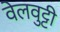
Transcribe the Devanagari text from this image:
वेलवुट्टी